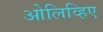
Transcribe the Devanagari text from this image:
ओलिव्हिए